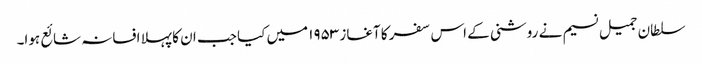
سلطان جمیل نسیم نے روشنی کے اس سفر کا آغاز ۱۹۵۳ میں کیا جب ان کا پہلا افسانہ شائع ہوا۔